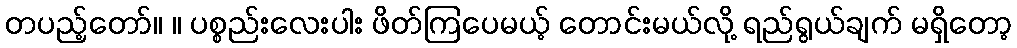
တပည့်တော်။ ။ ပစ္စည်းလေးပါး ဖိတ်ကြပေမယ့် တောင်းမယ်လို့ ရည်ရွယ်ချက် မရှိတော့